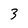
Character: 3